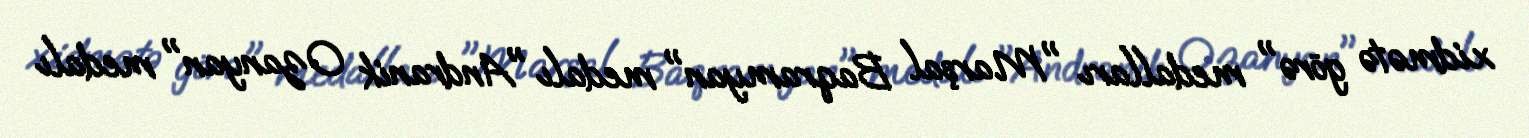
xidmətə görə" medalları "Marşal Baqramyan" medalı "Andranik Ozanyan" medalı